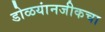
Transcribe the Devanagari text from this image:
डोळयांनजीकचा